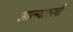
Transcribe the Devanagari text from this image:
आत्म्यावरची